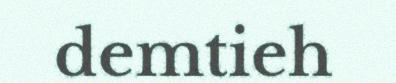
demtieh